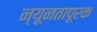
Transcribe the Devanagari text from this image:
न्यूनतापूरक